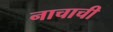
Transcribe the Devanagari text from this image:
नाचाची